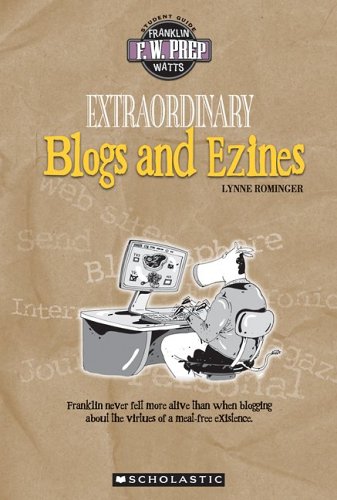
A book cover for Extraordinary Blogs and Ezines (F.W. Prep); Lynne Rominger; Teen & Young Adult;